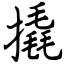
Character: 撬